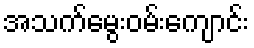
အသက်မွေးဝမ်းကျောင်း